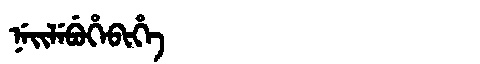
Manchu: ᠨᡝᡳᠯᡝᠪᡠᡥᡝᠪᡳᡥᡝ
Romanization: NEILEBUHEBIHE